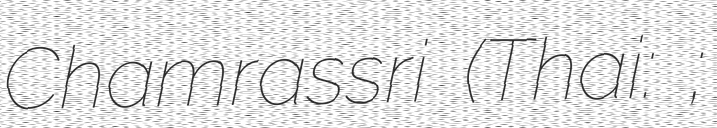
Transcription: Chamrassri (Thai: นภาจรจำรัสศรี;